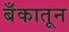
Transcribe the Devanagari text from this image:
बँकातून